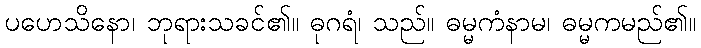
ပဟေသိနော၊ ဘုရားသခင်၏။ ဓုဂရံ၊ သည်။ ဓမ္မကံနာမ၊ ဓမ္မကမည်၏။